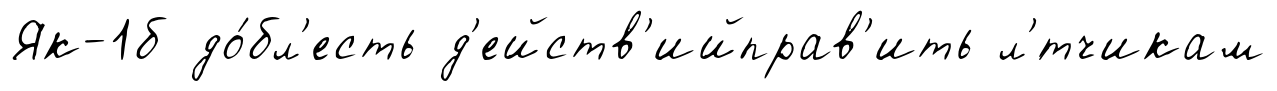
Як-1б до́бл'есть д'ейств'ийправ'ить л'́тчикам